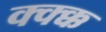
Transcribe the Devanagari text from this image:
क्क्क्क